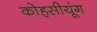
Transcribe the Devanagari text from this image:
कोहसीयूंग